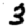
Digit: 3